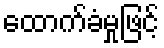
ထောက်ခံမှုဖြင့်